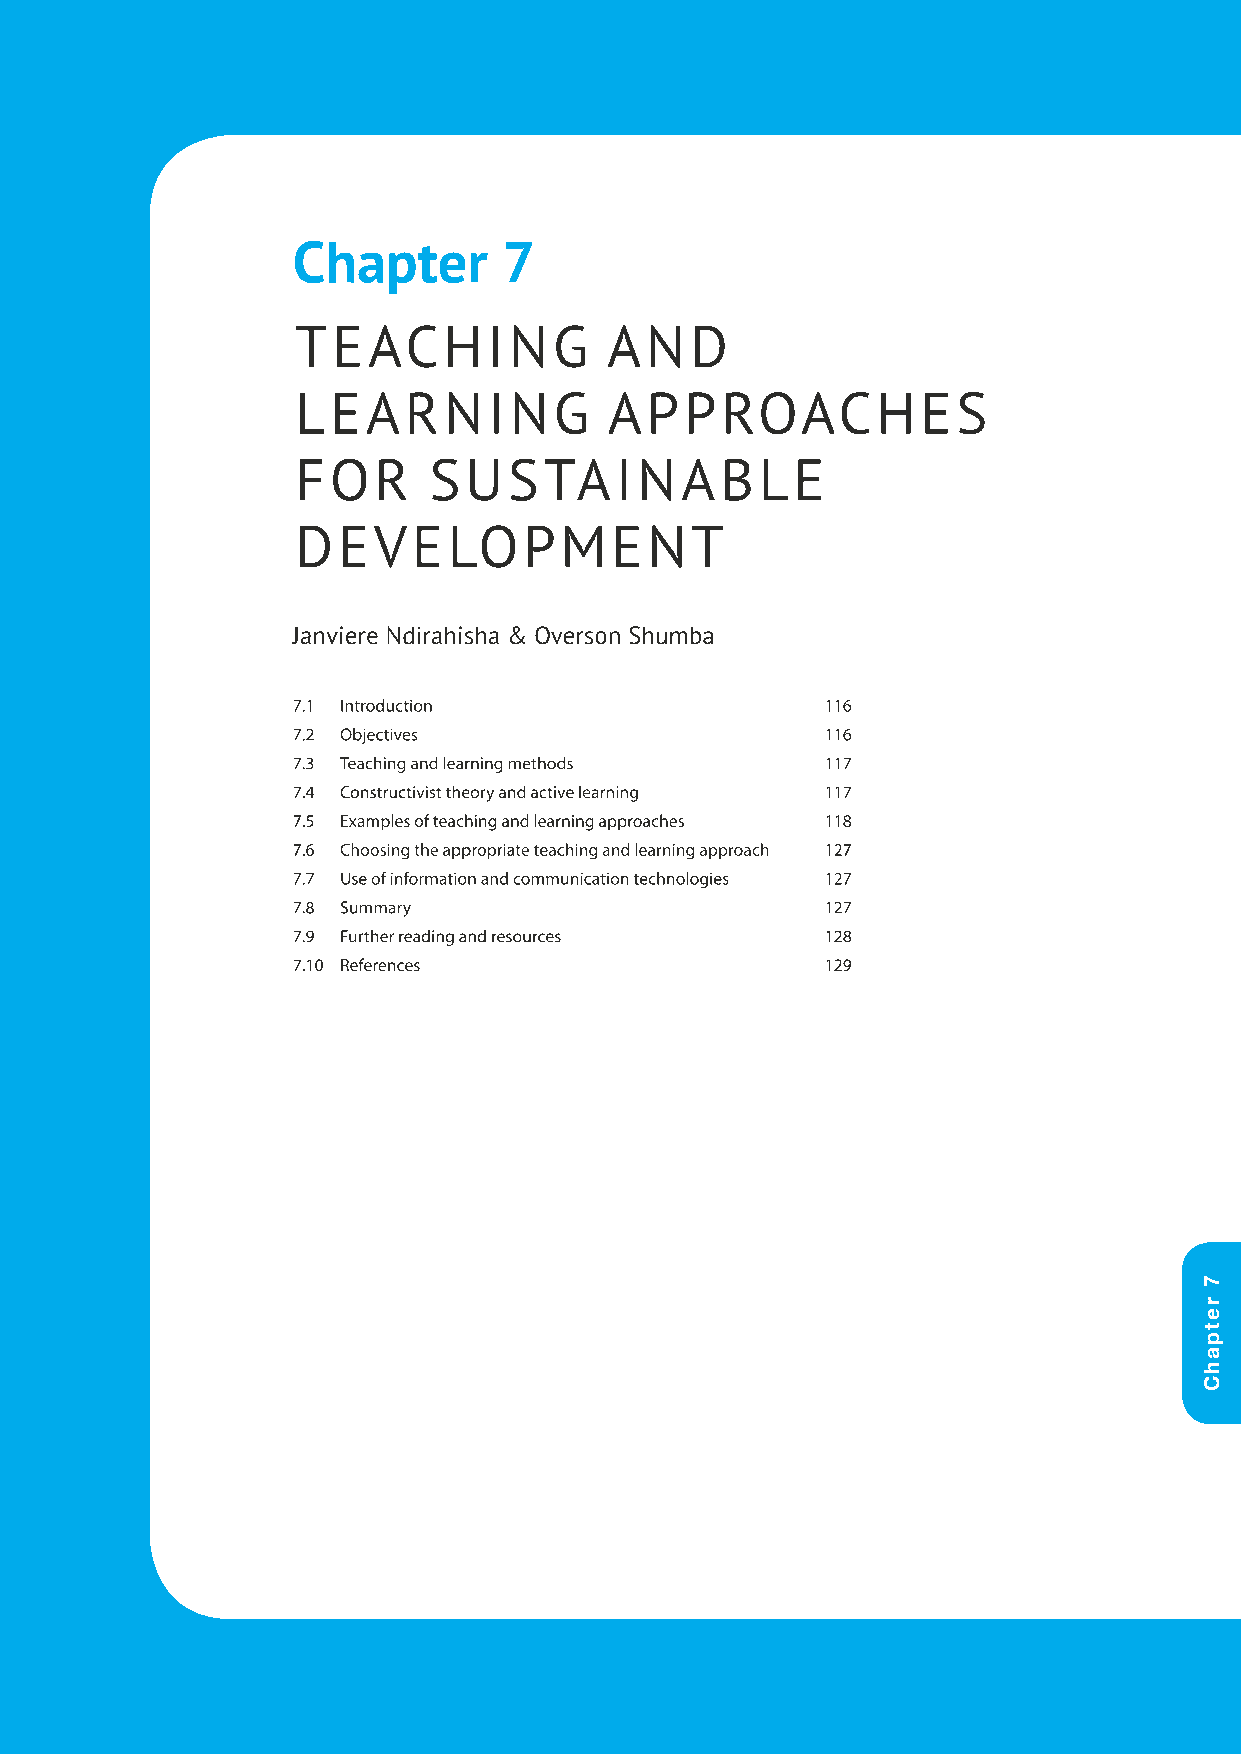
Chapter       7
 TEACHING            AND
 LLEEAARRNNIINNGG    AAPPPPRROOAACCHHEESS
 FFOORR  SSUUSSTTAAIINNAABBLLEE
 DDEEVVEELLOOPPMMEENNTT
 JJaannvviieerree NNddiirraahhiisshhaa && OOvveerrssoonn SShhuummbbaa
 77..11 IInnttrroodduuccttiioonn     111166
 77..22 OObbjjeeccttiivveess         111166
 77..33 TTeeaacchhiinngg aanndd lleeaarrnniinngg mmeetthhooddss 111177
 77..44 CCoonnssttrruuccttiivviisstt tthheeoorryy aanndd aaccttiivvee lleeaarrnniinngg 111177
 77..55 EExxaammpplleess ooff tteeaacchhiinngg aanndd lleeaarrnniinngg aapppprrooaacchheess 111188
 77..66 CChhoooossiinngg tthhee aapppprroopprriiaattee tteeaacchhiinngg aanndd lleeaarrnniinngg aapppprrooaacchh 112277
 77..77 UUssee ooff iinnffoorrmmaattiioonn aanndd ccoommmmuunniiccaattiioonn tteecchhnnoollooggiieess 112277
 77..88 SSuummmmaarryy               112277
 77..99 FFuurrtthheerr rreeaaddiinngg aanndd rreessoouurrcceess 112288
 77..1100 RReeffeerreenncceess       112299
 7
 retpahC